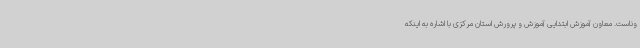
وناست. معاون آموزش ابتدایی آموزش و پرورش استان مرکزی با اشاره به اینکه